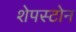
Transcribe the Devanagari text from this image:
शेपस्टोन